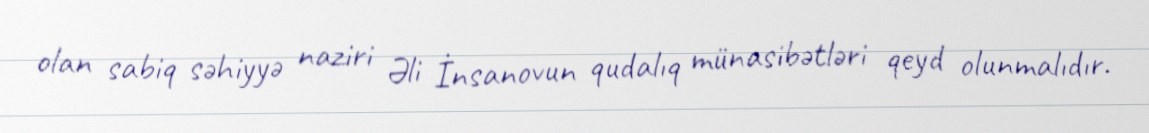
olan sabiq səhiyyə naziri Əli İnsanovun qudalıq münasibətləri qeyd olunmalıdır.